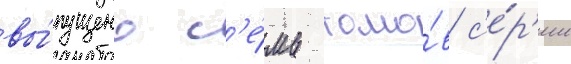
вы́пущено с'е́мь томо́в с'е́р'ии